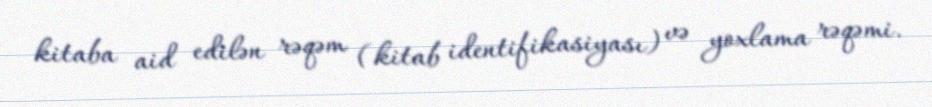
kitaba aid edilən rəqəm (kitab identifikasiyası) və yoxlama rəqəmi.